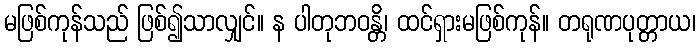
မဖြစ်ကုန်သည် ဖြစ်၍သာလျှင်။ န ပါတုဘဝန္တိ၊ ထင်ရှားမဖြစ်ကုန်။ တရုဏပုတ္တာယ၊